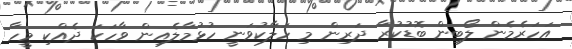
އަހަރެމެން ލޯބިން ބޮޑުކުރާ ދަރިން މި ހަލާކުވަނީ ހުޅުމާލެއިން ވާހަކަ ދެއްކި މީހާ